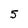
Character: 5